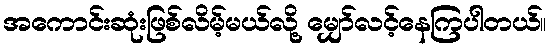
အကောင်းဆုံးဖြစ်လိမ့်မယ်လို့ မျှော်လင့်နေကြပါတယ်။